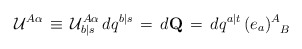
\begin{align*}{\cal U}^{A \alpha} \, \equiv \, {\cal U}^{A \alpha}_{b \vert s} \,dq^{b \vert s} \, = \, d{\bf Q} \, = \, dq^{a \vert t} \,( e_a )^{A}_{\phantom{A}B}\end{align*}